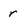
Character: r